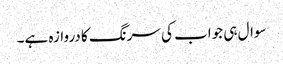
سوال ہی جواب کی سرنگ کا دروازہ ہے۔